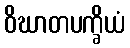
ဝိဃာတပက္ခိယံ